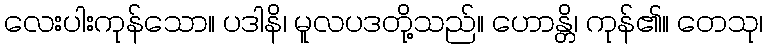
လေးပါးကုန်သော။ ပဒါနိ၊ မူလပဒတို့သည်။ ဟောန္တိ၊ ကုန်၏။ တေသု၊